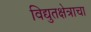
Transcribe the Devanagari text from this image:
विद्युतक्षेत्राचा